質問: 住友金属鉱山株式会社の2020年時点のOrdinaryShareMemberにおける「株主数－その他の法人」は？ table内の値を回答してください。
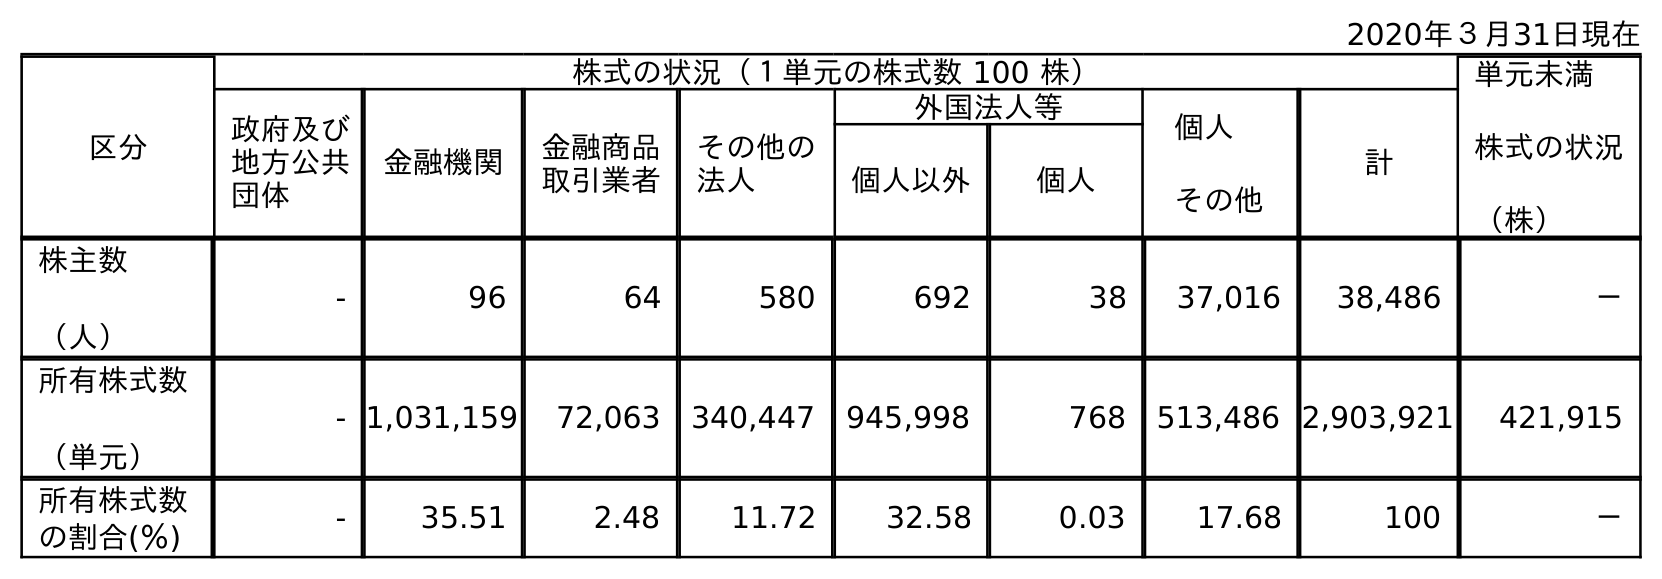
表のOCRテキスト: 2020年３月31日現在 区分 株式の状況（１単元の株式数 100 株） 単元未満 株式の状況 （株） 政府及び 地方公共 団体 金融機関 金融商品 取引業者 その他の 法人 外国法人等 個人 その他 計 個人以外 個人 株主数 （人） - 96 64 580 692 38 37,016 38,486 － 所有株式数 （単元） - 1,031,159 72,063 340,447 945,998 768 513,486 2,903,921 421,915 所有株式数 の割合(％) - 35.51 2.48 11.72 32.58 0.03 17.68 100 －
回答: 580